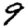
Digit: 9